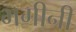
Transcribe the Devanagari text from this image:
भगीनी